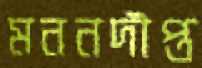
মননদীপ্ত